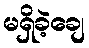
မရှိခဲ့ချေ